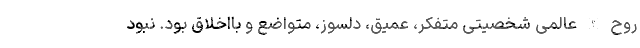
روح الله عالمی شخصیتی متفکر، عمیق، دلسوز، متواضع و بااخلاق بود. نبود